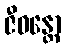
ဇီဝန္တော